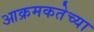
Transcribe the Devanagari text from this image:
आक्रमकतेच्या